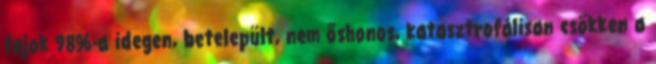
fajok 98%-a idegen, betelepült, nem őshonos, katasztrofálisan csökken a